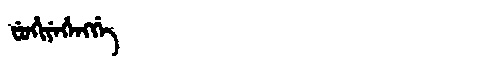
Manchu: ᠸᡠᡥᡳᠶᡝᡥᡝᠩᡤᡝ
Romanization: FUHIYEHENGGE